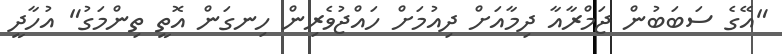
"އޭގެ ސަބަބުން ޖަމްރާއާ ދިމާއަށް ދިއުމަށް ހައްޖުވެރިން ހިނގަން އޮތީ ތިންމަގު" އުހާދީ